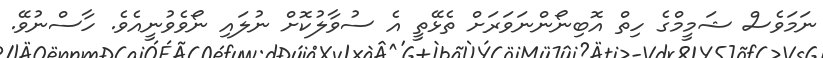
ނަމަވެސް ޝަމީމްގެ ހިތް އޮބިނޯންނަވަރަށް ތެޅޭތީ އެ ސުވާލުކޮށް ނުލައި ނޯވެވުނީއެވެ. ހާސްނުވޭ.